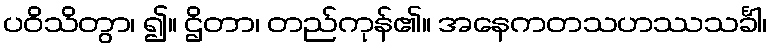
ပဝိသိတွာ၊ ၍။ ဌိတာ၊ တည်ကုန်၏။ အနေကတသဟဿသင်္ခါ၊